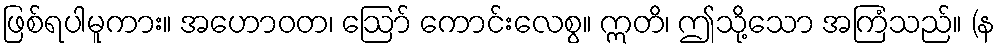
ဖြစ်ရပါမူကား။ အဟောဝတ၊ ဩော် ကောင်းလေစွ။ ဣတိ၊ ဤသို့သော အကြံသည်။ (န